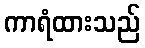
ကာရံထားသည်